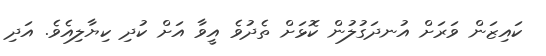
ކައިޒަން ވަރަށް އުނދަގުލުން ކޮޅަށް ތެދުވެ އީވާ އަށް ކުދި ކިޔާލިއެވެ. އަދި